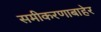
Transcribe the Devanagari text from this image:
समीकरणाबाहेर